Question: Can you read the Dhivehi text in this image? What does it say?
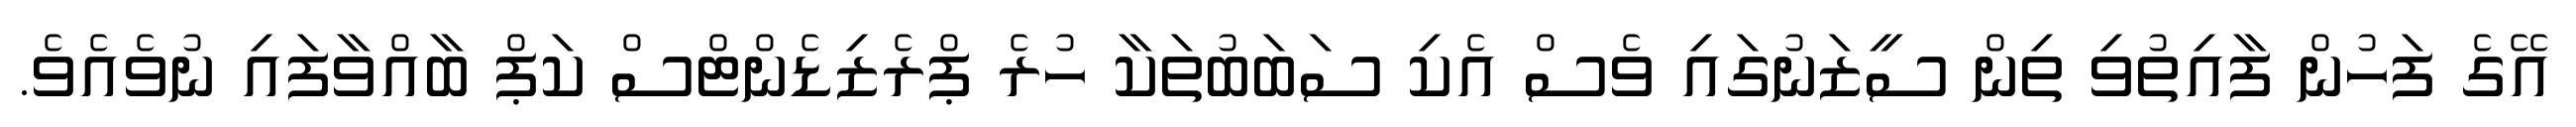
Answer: އޭގެ ފަހުން ފާއިތުވި ތިން ސީޒަނުގައި ވެސް އެކި ސަބަބުތަކާ ހުރެ ޕްރެޒިޑެންޓްސް ކަޕް ބާއްވާފައި ނުވެއެވެ.